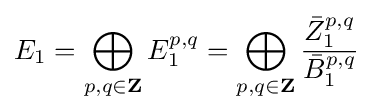
E_{1}=\bigoplus _{p,q\in \mathbf {Z} }E_{1}^{p,q}=\bigoplus _{p,q\in \mathbf {Z} }{\frac {{\bar {Z}}_{1}^{p,q}}{{\bar {B}}_{1}^{p,q}}}